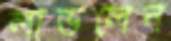
লাভলেন